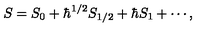
S = S _ { 0 } + \hbar ^ { 1 / 2 } S _ { 1 / 2 } + \hbar S _ { 1 } + \cdots ,